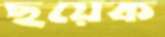
ছয়েক